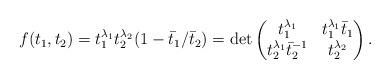
LaTeX: \begin{align*}f( t_1, t_2)= t_1^{\lambda_1} t_2^{\lambda_2}(1-\bar t_1/\bar t_2)=\det\begin{pmatrix} t_1^{\lambda_1}& t_1^{\lambda_1}\bar t_1\\ t_2^{\lambda_1}\bar t_2^{-1} & t_2^{\lambda_2}\end{pmatrix}.\end{align*}